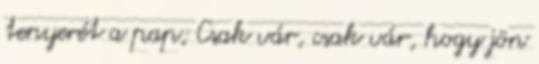
tenyerét a pap; Csak vár, csak vár, hogy jön